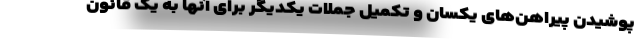
پوشیدن پیراهن‌های یکسان و تکمیل جملات یکدیگر برای آنها به یک قانون